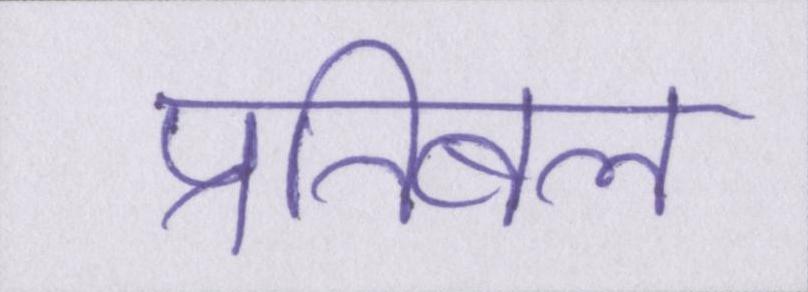
प्रतिबल